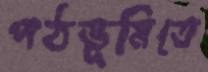
পঠভূমিতে